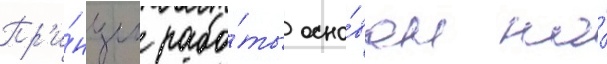
Пр'и́нцип рабо́ты осно́ван на́